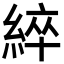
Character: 綷